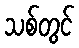
သစ်တွင်